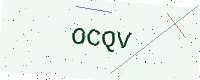
Text: OCQV